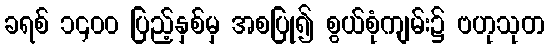
ခရစ် ၁၄၀၀ ပြည့်နှစ်မှ အစပြု၍ စွယ်စုံကျမ်း၌ ဗဟုသုတ